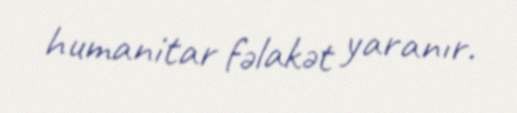
humanitar fəlakət yaranır.